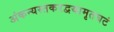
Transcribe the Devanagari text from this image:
अंकन्यस्तकरद्वयामृतघटं